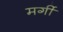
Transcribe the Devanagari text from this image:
मर्गी